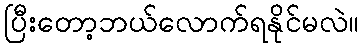
ပြီးတော့ဘယ်လောက်ရနိုင်မလဲ။